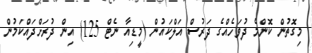
މިގޮތުން ކޮންމެ ދުވަހެއްގެ ދަރުސް އަލްކައުން (މީޑިއާ ނެޓް 125) އިން ދުރަށްދައްކަމުން